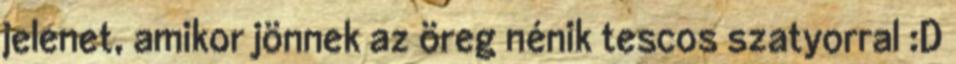
jelenet, amikor jönnek az öreg nénik tescos szatyorral :D